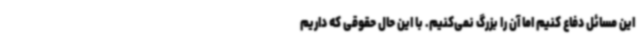
این مسائل دفاع کنیم اما آن را بزرگ نمی‌کنیم. با این حال حقوقی که داریم